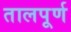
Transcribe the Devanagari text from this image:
तालपूर्ण